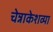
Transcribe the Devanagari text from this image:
चेन्नाकेशव्या